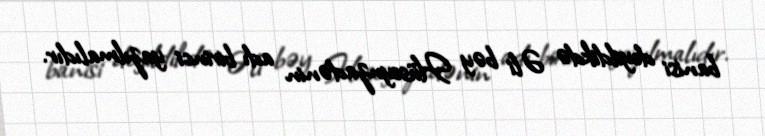
banisi deyildikdə Əli bəy Hüseynzadənin adı birinci yazılmalıdır.